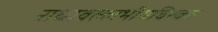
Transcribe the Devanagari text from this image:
राधावल्लभीयविरक्त